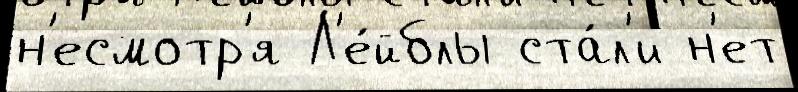
н'есмотр'я Л'е́йблы ста́л'и н'ет